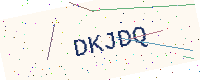
Text: DKJDQ